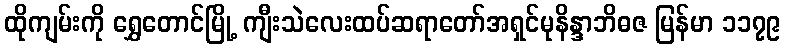
ထိုကျမ်းကို ရွှေတောင်မြို့ ကျီးသဲလေးထပ်ဆရာတော်အရှင်မုနိန္ဒာဘိဓဇ မြန်မာ ၁၁၇၉